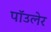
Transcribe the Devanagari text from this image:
पॉउलेर